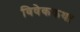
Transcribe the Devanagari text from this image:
विवेककथा